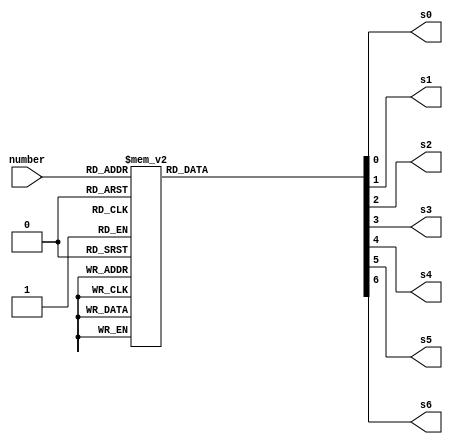
`timescale 1ns / 1ps
//////////////////////////////////////////////////////////////////////////////////
// Company: 
// Engineer: 
// 
// Design Name: 
// Module Name: hex2led
// Project Name: 
// Target Devices: 
// Tool Versions: 
// Description: 
// 
// Dependencies: 
// 
// Revision:
// Revision 0.01 - File Created
// Additional Comments:
// 
//////////////////////////////////////////////////////////////////////////////////

module hex2led(number, s0, s1, s2, s3, s4, s5, s6);
    output s0, s1, s2, s3, s4, s5, s6;
    input [3:0] number;
    reg s0, s1, s2, s3, s4, s5, s6;

always @ (number)
begin // BCD to 7-segment decoding
    case (number) // s0 - s6 are active low
        4'h0: begin s0=0; s1=0; s2=0; s3=0; s4=0; s5=0; s6=1; end
        4'h1: begin s0=1; s1=0; s2=0; s3=1; s4=1; s5=1; s6=1; end
        4'h2: begin s0=0; s1=0; s2=1; s3=0; s4=0; s5=1; s6=0; end
        4'h3: begin s0=0; s1=0; s2=0; s3=0; s4=1; s5=1; s6=0; end
        4'h4: begin s0=1; s1=0; s2=0; s3=1; s4=1; s5=0; s6=0; end
        4'h5: begin s0=0; s1=1; s2=0; s3=0; s4=1; s5=0; s6=0; end
        4'h6: begin s0=0; s1=1; s2=0; s3=0; s4=0; s5=0; s6=0; end
        4'h7: begin s0=0; s1=0; s2=0; s3=1; s4=1; s5=1; s6=1; end
        4'h8: begin s0=0; s1=0; s2=0; s3=0; s4=0; s5=0; s6=0; end
        4'h9: begin s0=0; s1=0; s2=0; s3=1; s4=1; s5=0; s6=0; end
        4'ha: begin s0=0; s1=0; s2=0; s3=0; s4=0; s5=1; s6=0; end
        4'hb: begin s0=1; s1=1; s2=0; s3=0; s4=0; s5=0; s6=0; end
        4'hc: begin s0=1; s1=1; s2=1; s3=0; s4=0; s5=1; s6=0; end
        4'hd: begin s0=1; s1=0; s2=0; s3=0; s4=0; s5=1; s6=0; end
        4'he: begin s0=0; s1=0; s2=1; s3=0; s4=0; s5=0; s6=0; end
        4'hf: begin s0=0; s1=1; s2=1; s3=1; s4=0; s5=0; s6=0; end
        default: begin s0=1; s1=1; s2=1; s3=1; s4=1; s5=1; s6=1; end
    endcase
end
endmodule // end led